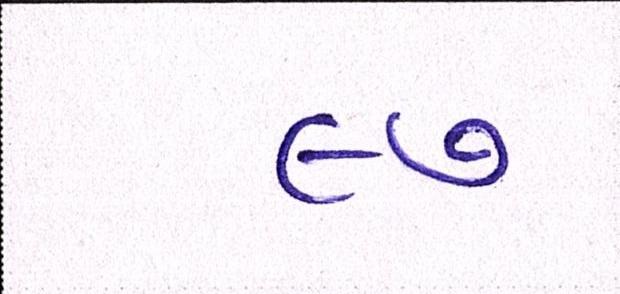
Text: ૯૭